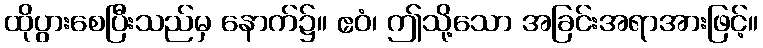
ထိုပွားစေပြီးသည်မှ နောက်၌။ ဧဝံ၊ ဤသို့သော အခြင်းအရာအားဖြင့်။